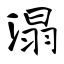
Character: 溻